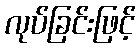
လုပ်ခြင်းဖြင့်